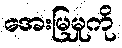
အေးမြမှုကို